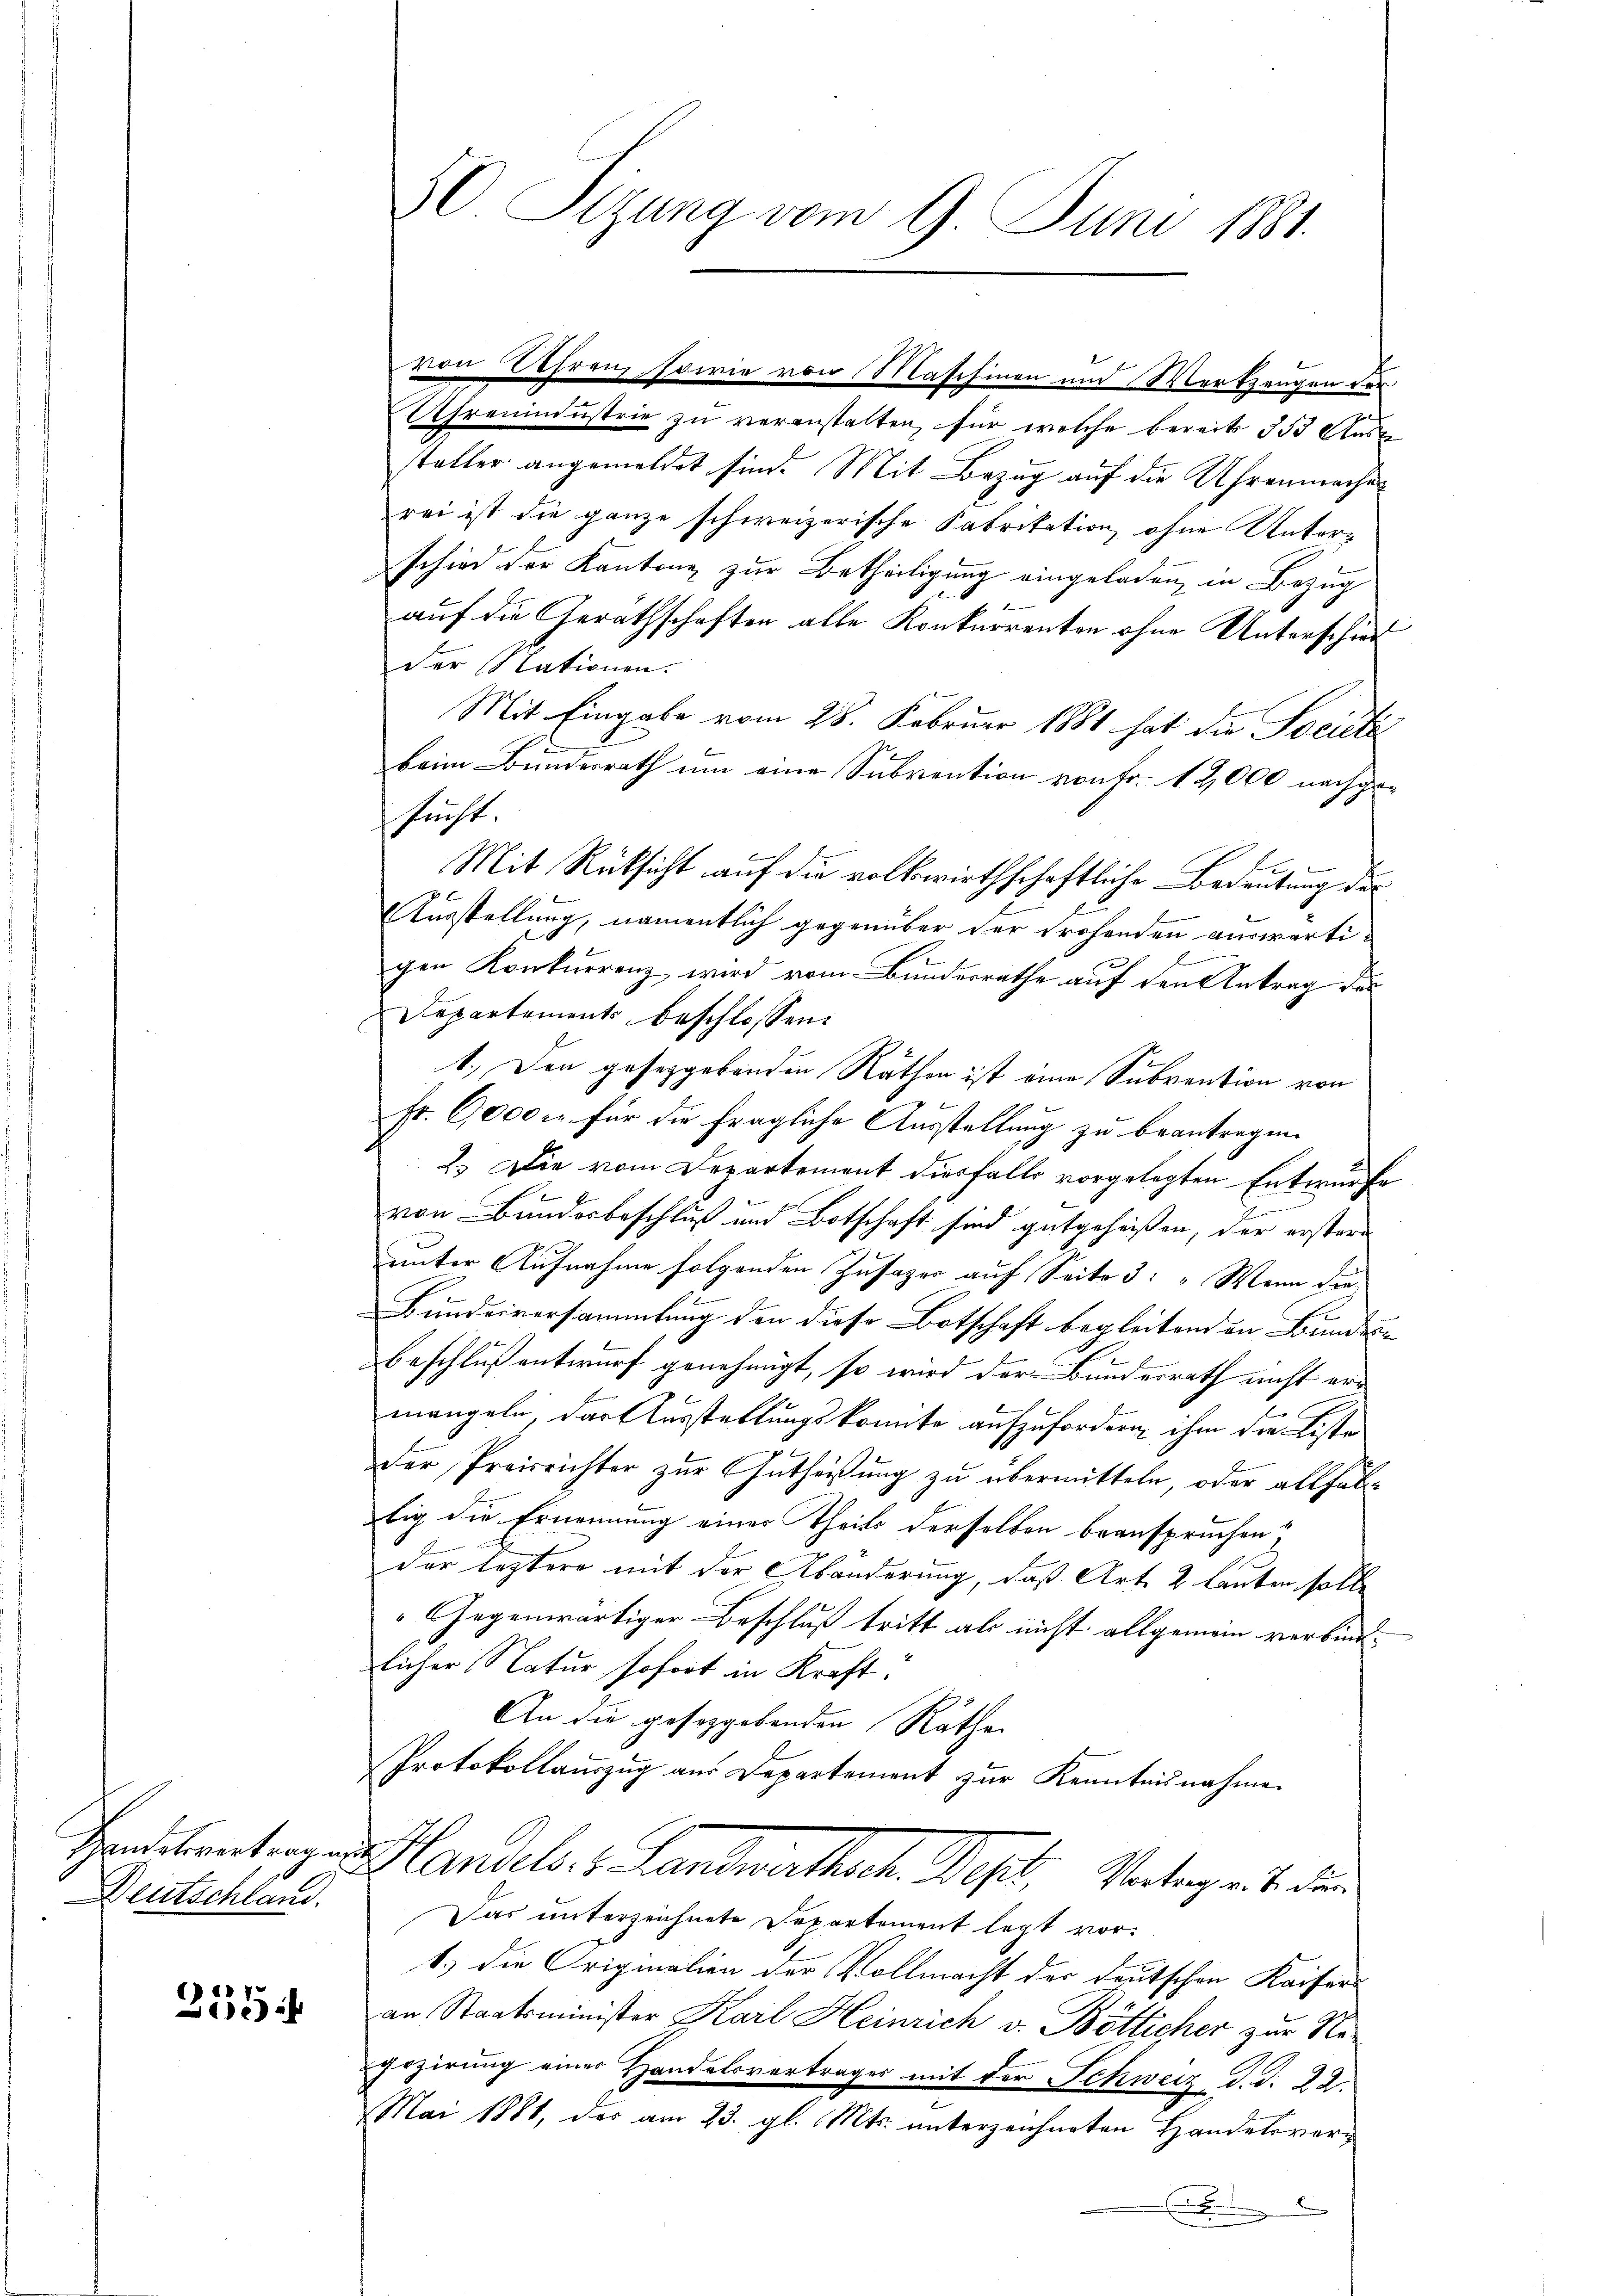
Handesvertragen.
Deutschland.

255

50 Sizung vom 9. Juni 1881.

von Lehren, sowie von Maschinen und Werkzeugen der
Uhrenindustrie zu veranstalten, für welche bereits 353 Aus
steller angemeldet sind. Mit Bezug auf die Uhrenmache
rei ist die ganze schweizerische Fabritation ohne Unterschied der Kantone zur Betheiligung eingeladen, in Bezug
auf die Gerathschaften alle Konkurrenten ohne Unterschied
der Stationen.
Mit Eingabe vom 28. Februar 1881 hat die Societa
beim Bundesrath um eine Subvention von Fr. 12,000 nachgesucht
Mit Rücksicht auf die volkswirthschaftliche Bedeutung der
Ausstellung, namentlich gegenüber der drohenden auswärtigen Konkurrenz wird vom Bundesrathe auf den Antrag der
Departements beschlossen:
1.) Den gesetzgebenden Rathen ist eine Subvention von
Fr. 6000 fr für die fragliche Ausstellung zu beantragen.
2.) Die vom Departement diesfalls vorgelegten Entwurfe

von Bundesbeschluß und Botschaft sind gutgeheißen, der erstern
unter Aufnahme folgenden Zusager auf Seite 3: „Wenn die
Bundesversammlung den diese Botschaft begleitenden Bundes-
Beschluß entwurf genehmigt, so wird der Bundesrath nicht er-
mangeln das Ausstattungskomite aufzufordern, ihm die Liste
u.
der Preisrichter zur Gutheißung zu übermitteln, oder allfältig die Ernennung eines Theils derselben beanspruchen,
der leztere mit der Abänderung, daß Art. 2 lauten solle
Gegenwärtiger Beschluß tritt ab nicht allgemein verbindlicher Natur sofort in Kraft:
An die gesoggebenden Räthe
Protokollaŭszŭg aŭs Departement zŭr Kenntnisnahme
Handels. v. Landrathen Post, Vaterger s. den
Das unterzeichnete Departement legt vorb.) die Originalien der Vollmacht der deutschen Kaiseran Staatsminister Karl Heinrich v. Bötticher zur Negozirung einer Handelsvertrages mit der Schweiz, d. J. 22.
Mai 1881, der am 23. gl. Mts. unterzeichneten Handelsver¬
.